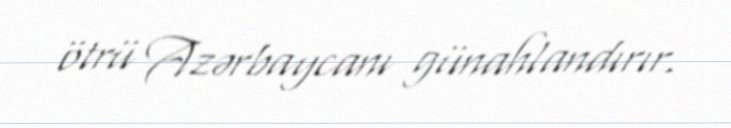
ötrü Azərbaycanı günahlandırır.